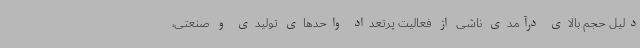
دلیل حجم بالای درآمدی ناشی از فعالیت پرتعداد واحدهای تولیدی و صنعتی،